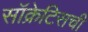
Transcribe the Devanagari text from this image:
सॉक्रेटिसची